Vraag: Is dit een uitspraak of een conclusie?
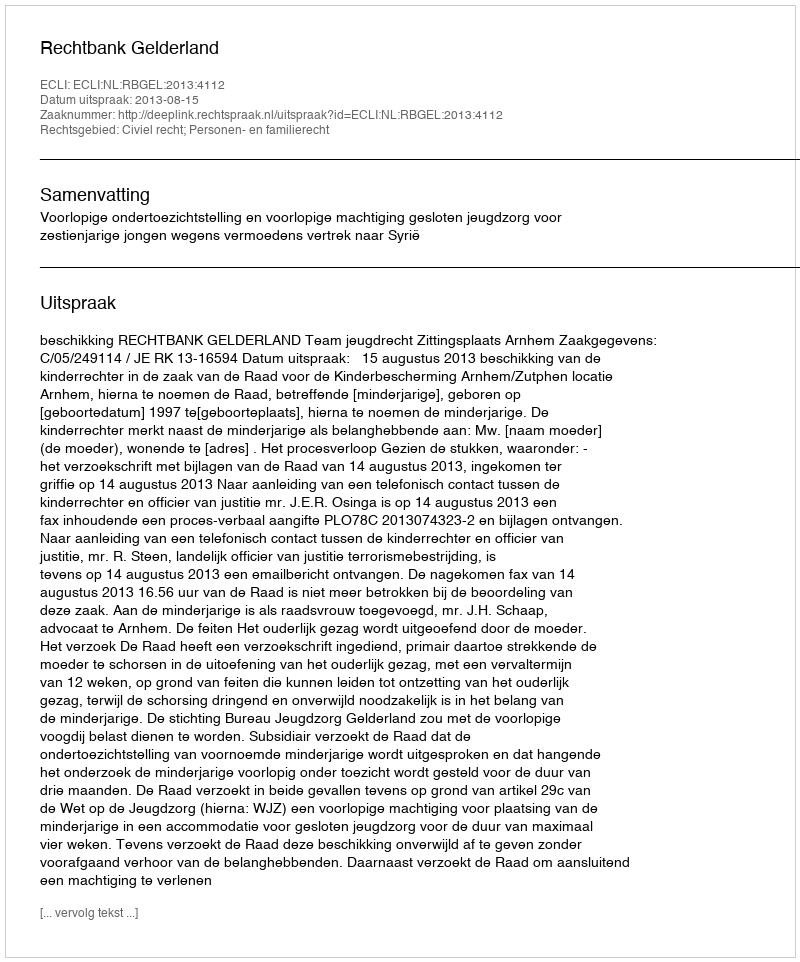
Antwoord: Uitspraak